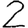
Digit: 2